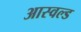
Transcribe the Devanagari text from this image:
आस्वल्ड